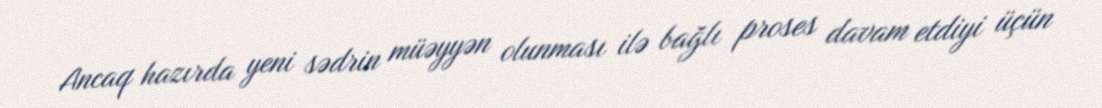
Ancaq hazırda yeni sədrin müəyyən olunması ilə bağlı proses davam etdiyi üçün